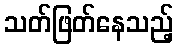
သတ်ဖြတ်နေသည့်